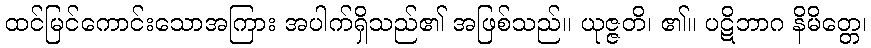
ထင်မြင်ကောင်းသောအကြား အပါက်ရှိသည်၏ အဖြစ်သည်။ ယုဇ္ဇတိ၊ ၏။ ပဋိဘာဂ နိမိတ္တေ၊